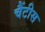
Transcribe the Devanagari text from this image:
चैंटीस